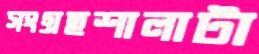
সংগ্রহশালাটা